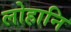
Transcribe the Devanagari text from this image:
लोहानि